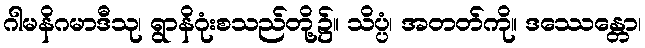
ဂါမနိဂမာဒီသု၊ ရွာနိဂုံးစသည်တို့၌။ သိပ္ပံ၊ အတတ်ကို။ ဒဿေန္တော၊